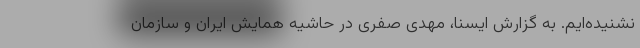
نشنیده‌ایم. به گزارش ایسنا، مهدی صفری در حاشیه همایش ایران و سازمان